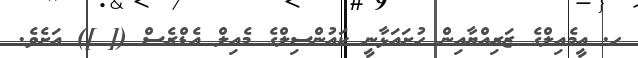
ހ. އީމެއިލްގެ ޒަރިއްޔާއިން ހުށައަޅާނީ ކައުންސިލްގެ މެއިލް އެޑްރެސް ([ ]) އަށެވެ.